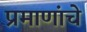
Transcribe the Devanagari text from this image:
प्रमाणांचे